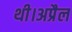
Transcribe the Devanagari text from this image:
थी।अप्रैल